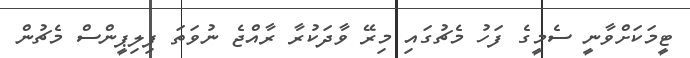
ޓީމަކަށްވާނީ ސެމީގެ ފަހު މެޗުގައި މިރޭ ވާދަކުރާ ރާއްޖެ ނުވަތަ ފިލިޕީންސް މެޗުން